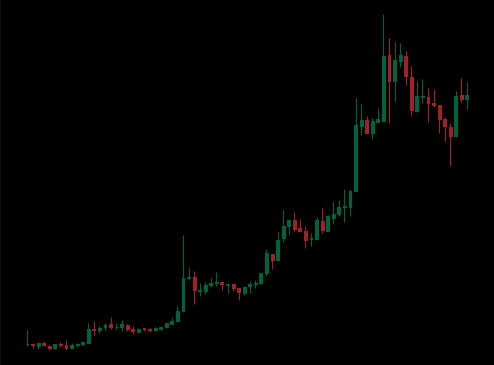
Pattern: unclassified